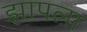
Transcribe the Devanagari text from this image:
झापला